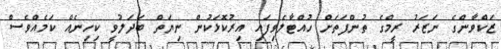
ޒަކްވާންގެ ނަޒަރު ރީމްގެ ތުންފަތަށް ހުއްޓާލެވިފައި އިރުކޮޅަކުން ނިޔަތް ބަދަލުވީ ކިހިނެއް ކަމެއްވެސް